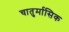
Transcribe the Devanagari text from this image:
चातुर्मासिक